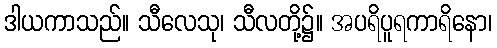
ဒါယကာသည်။ သီလေသု၊ သီလတို့၌။ အပရိပူရကာရိနော၊